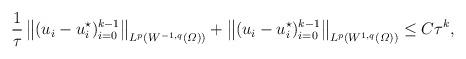
LaTeX: \begin{align*}\frac1\tau\, \big\|(u_i - u_i^\star)_{i=0}^{k-1}\big\|_{ L^p (W^{-1,q}(\varOmega) )}+\big\|( u_i - u_i^\star)_{i=0}^{k-1}\big\|_{ L^p (W^{1,q}(\varOmega) )} \le C\tau^k,\end{align*}